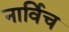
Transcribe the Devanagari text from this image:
नार्विच